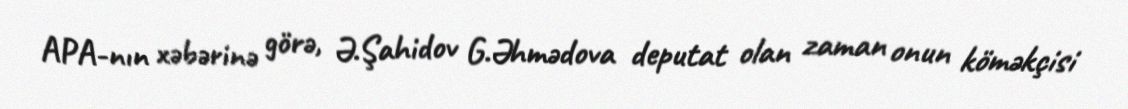
APA-nın xəbərinə görə, Ə.Şahidov G.Əhmədova deputat olan zaman onun köməkçisi